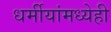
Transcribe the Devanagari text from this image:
धर्मीयांमध्येही